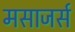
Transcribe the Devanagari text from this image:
मसाजर्स